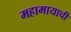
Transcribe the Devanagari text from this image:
महामायाची